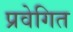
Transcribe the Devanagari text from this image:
प्रवेगित